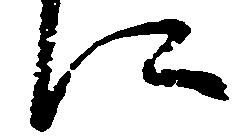
に